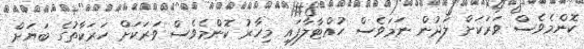
ކޮންމެވެސް ވަރަކަށް ލަދުން ނަމަވެސް ހުއްޓާލާފައި މިހާރު ކޮންމެވެސް ވަރަކަށް ހަރަކާތުގެ ބަޔަށް